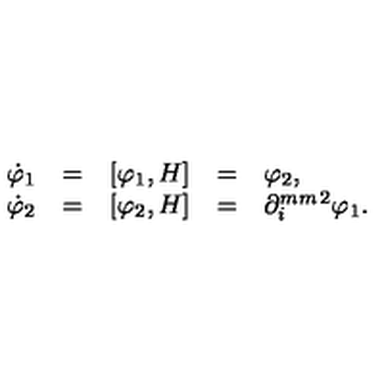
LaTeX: \begin{array} { r c c c l } { \dot { \varphi } _ { 1 } } & { = } & { [ \varphi _ { 1 } , H ] } & { = } & { \varphi _ { 2 } , } \\ { \dot { \varphi } _ { 2 } } & { = } & { [ \varphi _ { 2 } , H ] } & { = } & { \partial _ { i } ^ { \makebox [ 1 m m ] { } 2 } \varphi _ { 1 } . } \\ \end{array}